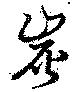
炭